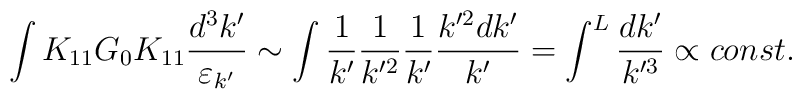
\int K_{11}G_0K_{11}\frac{d^3k'}{\varepsilon_{k'}}\sim\int \frac{1}{k'}\frac{1}{k'^2}\frac{1}{k'}\frac{k'^2dk'}{k'}=\int^L \frac{dk'}{k'^3}\propto const.